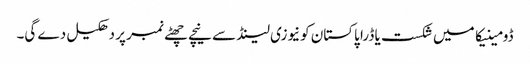
ڈومینیکا میں شکست یا ڈرا پاکستان کونیوزی لینڈ سے نیچے چھٹے نمبر پر دھکیل دے گی۔